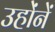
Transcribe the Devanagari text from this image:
उहोंनें